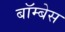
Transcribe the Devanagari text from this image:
बॉम्बेस